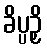
ခိပ္ပဉှိ